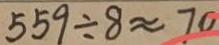
5 5 9 \div 8 \approx 7 0